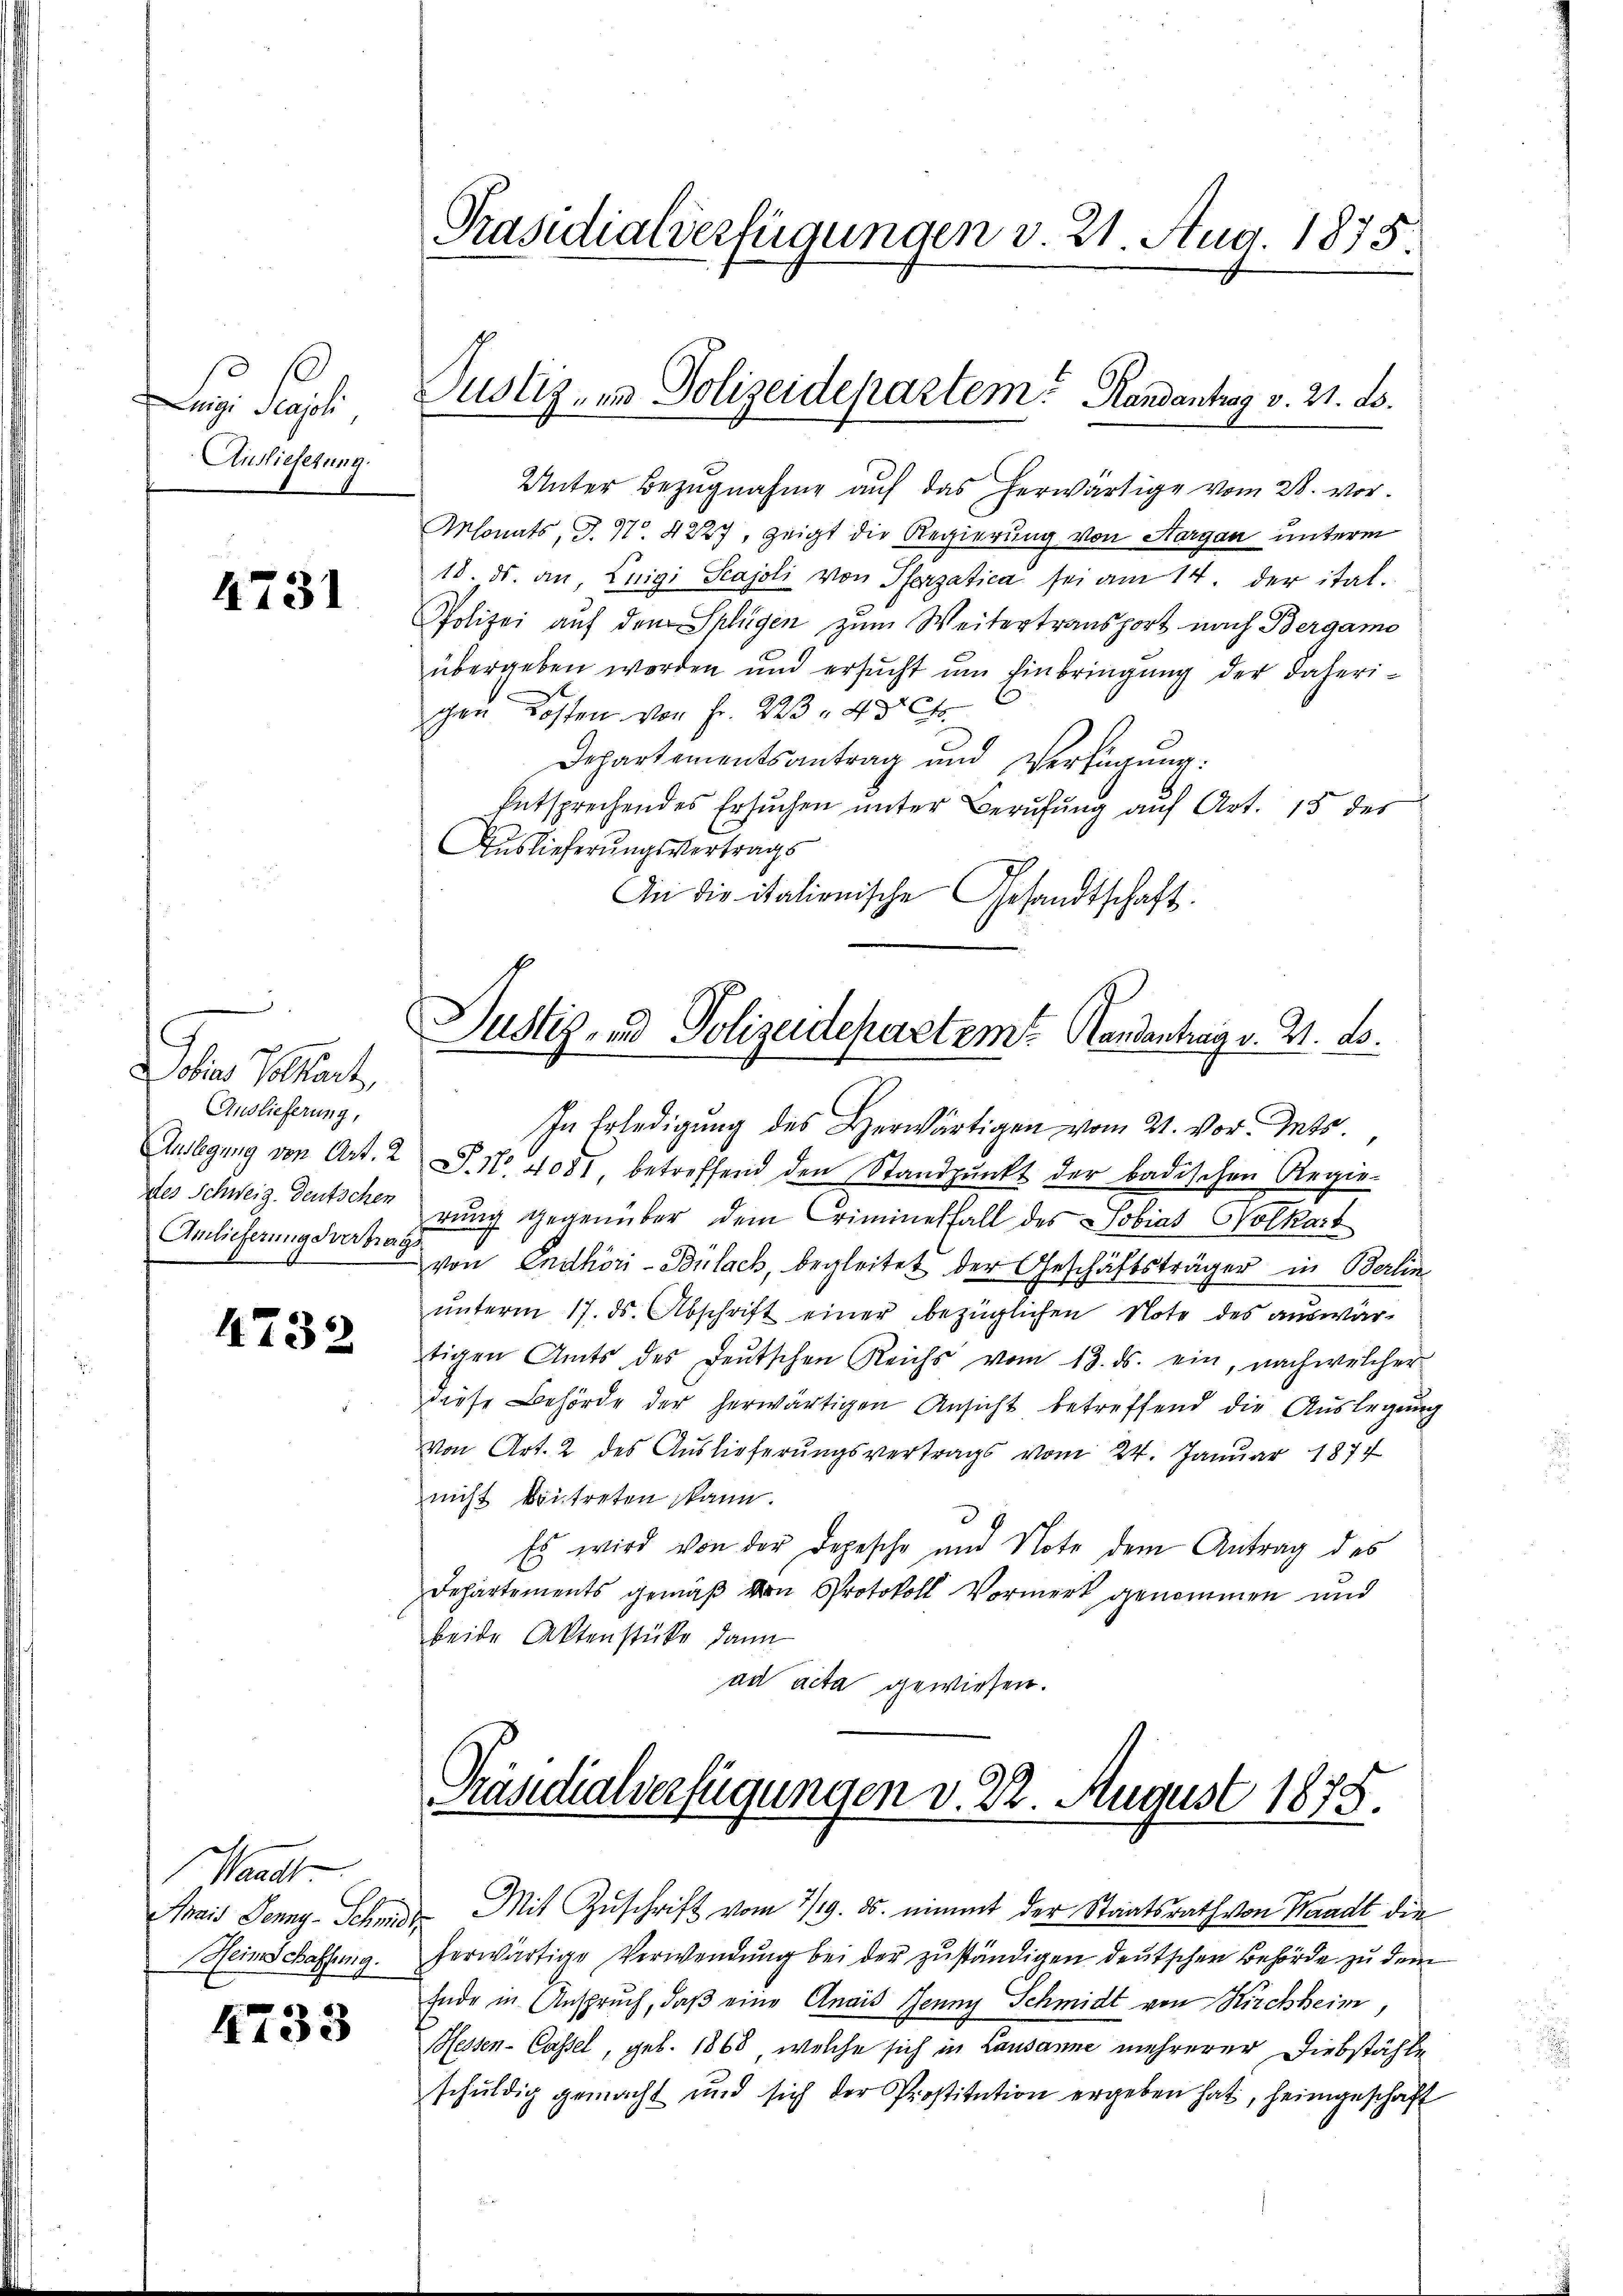
D

g Pal
Auslieferung.

4731

.
Jober Volkart,
Auslieferung,
des Schweiz. Deutschen

4732

Kant
Heinschaffung.

4733

Präsidialverfügungen v. 21 Aug. 1875.

Justiz, in Polizeidepartem Randantrag v. 21. ds.

Justiz- und Polizeidepartem Handentrag v. 2. ds.

Unter Bezugnahme auf das herwärtige vom 28. vor.
Monats, d. 1. 4227, zeigt die Regierung von Aargau unterm
18. ds. an, Luigi Scajoli von Pforzatica sei am 14. der ital.
Polizei auf dem Splügen zum Weitertransport nach Bergamo
übergeben worden und ersŭcht ŭm Einbringung der daherigen Kosten von Fr. 223, 435 f.
Departementsantrag und Verfügung:
Entsprechendes Ersuchen unter Berufung auf Art. 15 des
Auslieferungsvertrags
An die italienische Gesandtschaft.
In Erledigung des Herwärtigen vom 21. vor. Mts.
Auslegung von Art. 2 S. Nr. 4081 betreffend den Standpŭnkt der badischen Regie-
rung gegenüber dem Criminesfall des Tobias Wolkart
Anlieferungsvermag von Endhöri-Bülach, begleitet der Geschäftsträger in Berlin
ŭnterm 17. ds. Abschrift einer bezüglichen Note des aŭswär-
tigen Amts des Deutschen Reichs vom 13. ds. ein, nach welcher
diese Behörde der herwärtigen Ansicht betreffend die Aŭslegung
Von Art. 2 des Auslieferungsvertrags vom 24. Januar 1874
nicht kontreten kann.
3
Es wird von der Depesche und Note dem Antrag des
Departements gemäß von Protokoll Vormerk genommen und
beide Aktenstücke dann
ad acta gewiesen.

Präsidialverfügungen v. 22. August 1875.

Amais Jenny-Schmidte. Mit Zuschrift vom 7/19. ds. nimmt der Staatsrath von Waadt die
herwärtige Verwendung bei der zuständigen deutschen Behörde zu dem
Ende in Anspruch, daß eine Anais Jenny Schmidt von Kirchheim,
Hessen-Cassel, geb. 1868, welche sich in Lausanne mehrerer Diebstähle
schŭldig gemacht und sich der Prostitution ergeben hat, heimgeschaft